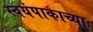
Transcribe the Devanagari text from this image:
स्वयंपाकाच्या